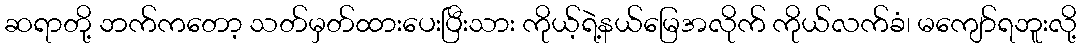
ဆရာတို့ ဘက်ကတော့ သတ်မှတ်ထားပေးပြီးသား ကိုယ့်ရဲ့နယ်မြေအလိုက် ကိုယ်လက်ခံ၊ မကျော်ရဘူးလို့